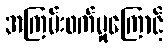
အကြမ်းဖက်မှုကြောင့်